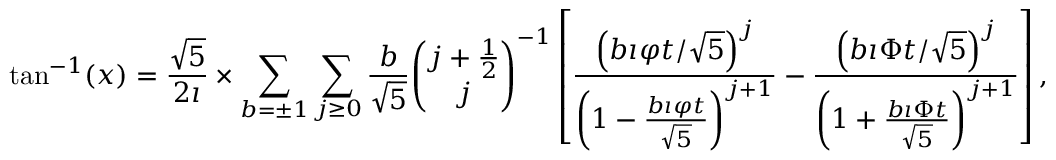
\tan ^ { - 1 } ( x ) = { \frac { \sqrt { 5 } } { 2 \imath } } \times \sum _ { b = \pm 1 } \sum _ { j \geq 0 } { \frac { b } { \sqrt { 5 } } } { \binom { j + { \frac { 1 } { 2 } } } { j } } ^ { - 1 } \left[ { \frac { \left( b \imath \varphi t / { \sqrt { 5 } } \right) ^ { j } } { \left( 1 - { \frac { b \imath \varphi t } { \sqrt { 5 } } } \right) ^ { j + 1 } } } - { \frac { \left( b \imath \Phi t / { \sqrt { 5 } } \right) ^ { j } } { \left( 1 + { \frac { b \imath \Phi t } { \sqrt { 5 } } } \right) ^ { j + 1 } } } \right] ,